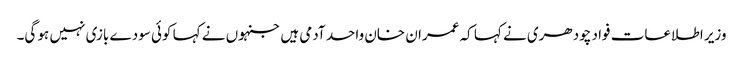
وزیر اطلاعات فواد چودھری نے کہا کہ عمران خان واحد آدمی ہیں جنہوں نے کہا کوئی سودے بازی نہیں ہو گی۔